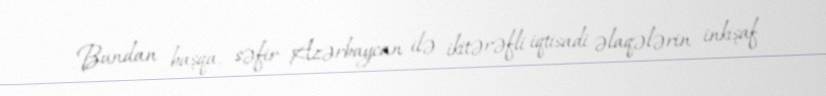
Bundan başqa, səfir Azərbaycan ilə ikitərəfli iqtisadi əlaqələrin inkişaf